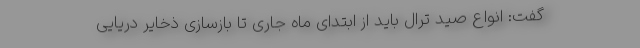
گفت: انواع صید ترال باید از ابتدای ماه جاری تا بازسازی ذخایر دریایی